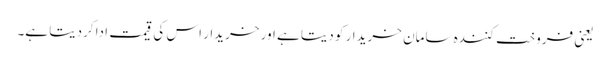
یعنی فروخت کنندہ سامان خریدار کو دیتا ہے اور خریدار اس کی قیمت ادا کردیتا ہے۔